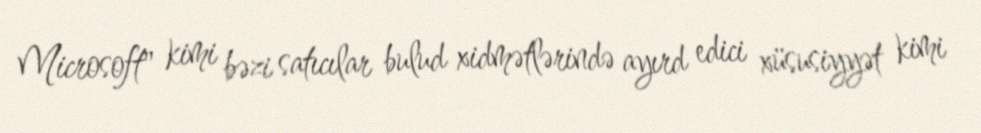
Microsoft" kimi bəzi satıcılar bulud xidmətlərində ayırd edici xüsusiyyət kimi